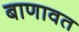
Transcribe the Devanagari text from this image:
बाणावत